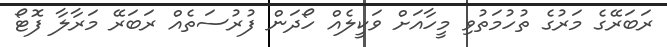
ރަބަރޭގެ މަރުގެ ތުހުމަތުވި މީހާއަށް ވަކީލެއް ހޯދަން ފުރުސަތެއް ރަބަރޭ މަރާލާ ފޮޓޯ